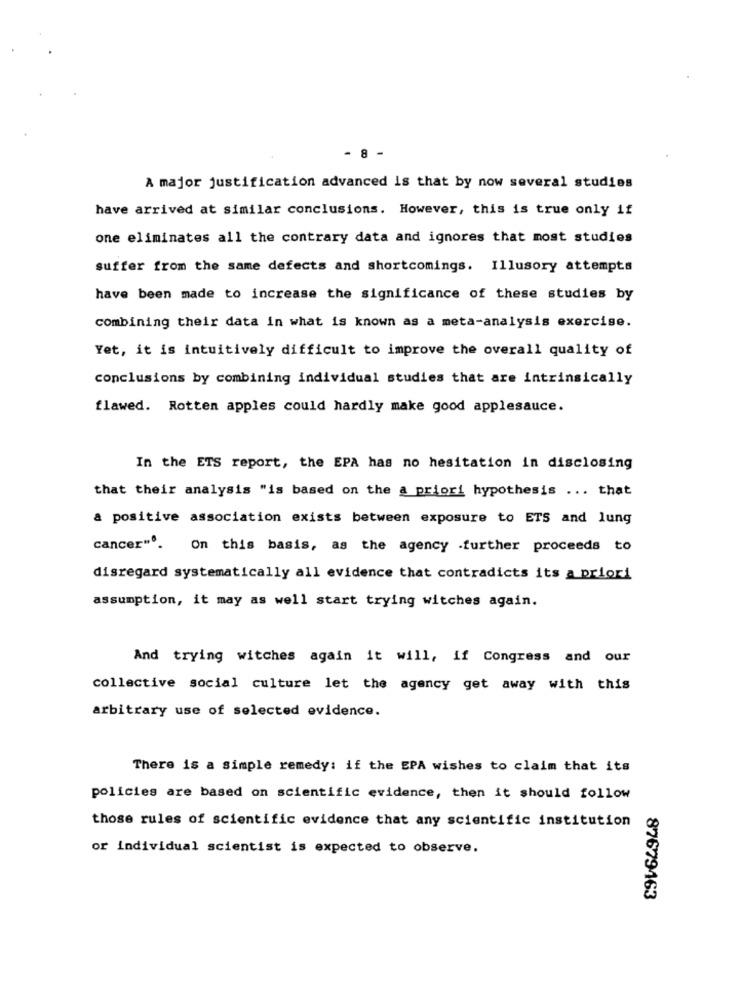
8 -
A major justification advanced is that by now several studies
have arrived at similar conclusions. However, this is true only if
one eliminates all the contrary data and ignores that most studies
suffer from the same defects and shortcomings. Illusory attempts
have been made to increase the significance of these studies by
combining their data in what is known as a meta-analysis exercise.
Yet, it is intuitively difficult to improve the overall quality of
conclusions by combining individual studies that are intrinsically
flawed. Rotten apples could hardly make good applesauce.
In the ETS report, the EPA has no hesitation in disclosing
that their analysis "is based on the a priori hypothesis ... that
a positive association exists between exposure to ETS and lung
cancer". On this basis, as the agency .further proceeds to
disregard systematically all evidence that contradicts its a priori
assumption, it may as well start trying witches again.
And trying witches again it will, if Congress and our
collective social culture let the agency get away with this
arbitrary use of selected evidence.
There is a simple remedy: if the EPA wishes to claim that its
policies are based on scientific evidence, then it should follow
those rules of scientific evidence that any scientific institution
or individual scientist is expected to observe.
87679463